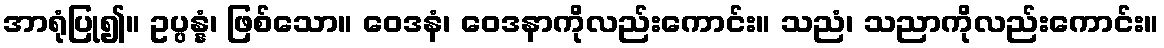
အာရုံပြု၍။ ဥပ္ပန္နံ၊ ဖြစ်သော။ ဝေဒနံ၊ ဝေဒနာကိုလည်းကောင်း။ သညံ၊ သညာကိုလည်းကောင်း။